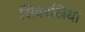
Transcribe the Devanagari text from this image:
सिवरखिया